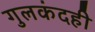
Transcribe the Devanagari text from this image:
गुलकंदही